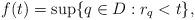
LaTeX: \begin{align*}f(t)=\sup\{q\in D:r_q<t\},\end{align*}